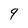
Character: 9